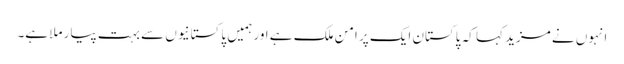
انہوں نے مزید کہا کہ پاکستان ایک پر امن ملک ہے اور ہمیں پاکستانیوں سے بہت پیار ملا ہے۔